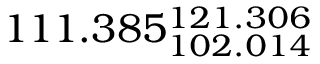
1 1 1 . 3 8 5 _ { 1 0 2 . 0 1 4 } ^ { 1 2 1 . 3 0 6 }